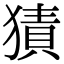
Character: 㺓